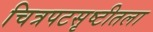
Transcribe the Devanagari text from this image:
चित्रपटसृष्टीतला